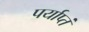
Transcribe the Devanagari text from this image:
पर्याप्तं